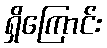
ရှိကြောင်း